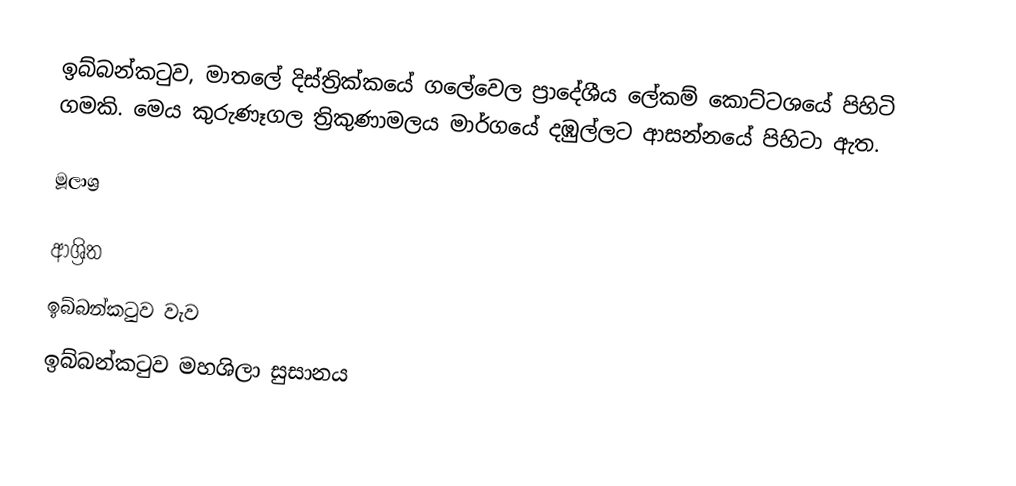
ඉබ්බන්කටුව, මාතලේ දිස්ත්‍රික්කයේ ගලේවෙල ප්‍රාදේශීය ලේකම් කොට්ටශයේ පිහිටි ගමකි.  මෙය කුරුණෑගල ත්‍රිකුණාමලය මාර්ගයේ දඹුල්ලට ආසන්නයේ පිහිටා ඇත.

මූලාශ්‍ර

ආශ්‍රිත
 ඉබ්බන්කටුව වැව
 ඉබ්බන්කටුව මහශිලා සුසානය